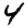
Digit: 4